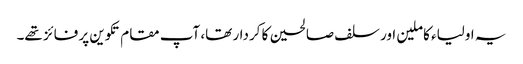
یہ اولیاء کاملین اور سلف صالحین کا کردار تھا، آپ مقام تکوین پر فائز تھے۔